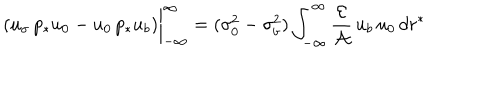
( u _ { \sigma } \, p _ { * } u _ { 0 } - u _ { 0 } \, p _ { * } u _ { b } ) \bigg | _ { - \infty } ^ { \infty } = ( \sigma _ { 0 } ^ { 2 } - \sigma _ { b } ^ { 2 } ) \int _ { - \infty } ^ { \infty } \frac { { \cal E } } { { \cal A } } \, u _ { b } \, u _ { 0 } \, d r ^ { * }